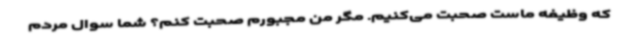
که وظیفه ماست صحبت می‌کنیم. مگر من مجبورم صحبت کنم؟ شما سوال مردم